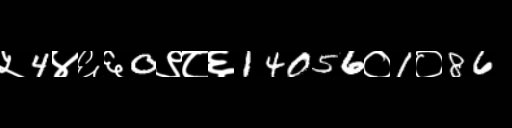
Text: ५4४६६0९८६14056०1०86